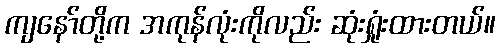
ကျနော်တို့က အကုန်လုံးကိုလည်း ဆုံးရှုံးထားတယ်။